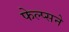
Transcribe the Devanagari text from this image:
फेल्प्सने